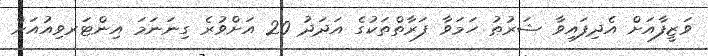
ވަޒީފާއަށް އެދިފައިވާ ޝަރުޠު ހަމަވާ ފަރާތްތަކުގެ އަދަދު 20 އަށްވުރެ ގިނަނަމަ އިންޓަރވިއުއަށް